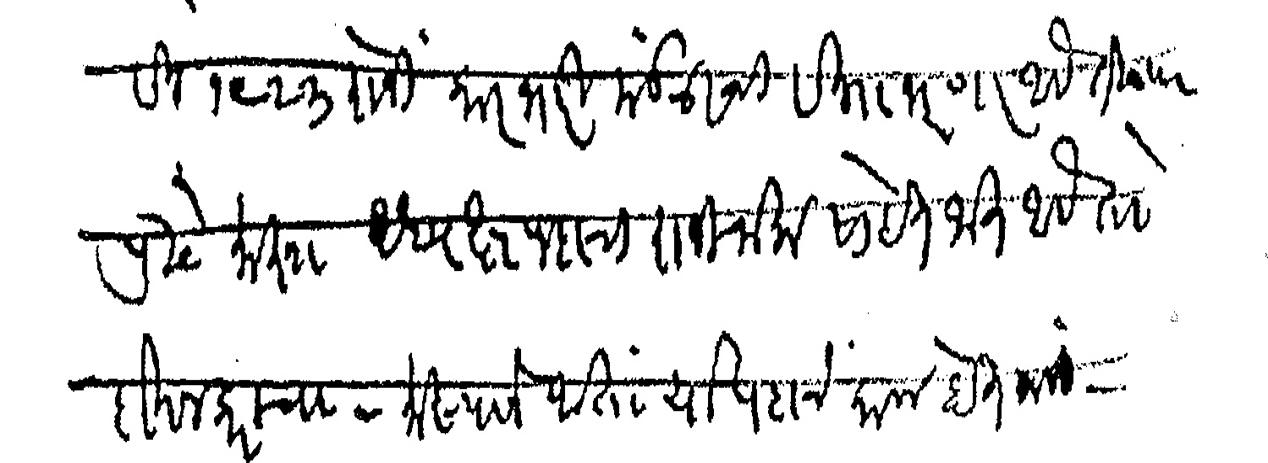
Transliteration (Devanagari): सन १९२३ रोजी कारभारी मंडळाची सभा भरणार आहे तिच्या पुढे माझा अध्यक्षपदाचा राजीनामा सोबत जात आहे तो दाखल करावा माझ्याने आता या पदाचे काम होत नाही